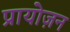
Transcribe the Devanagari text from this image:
प्रायोज़न